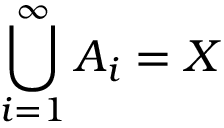
\bigcup _ { i = 1 } ^ { \infty } A _ { i } = X